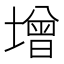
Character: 增